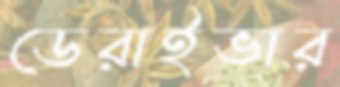
ডেরাইভার